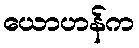
ယောဟန်က